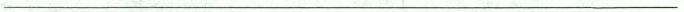
___